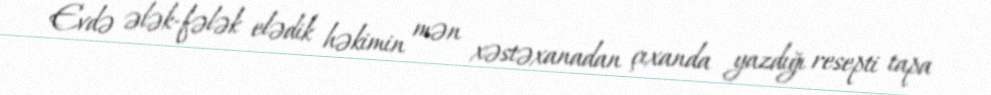
Evdə ələk-fələk elədik həkimin mən xəstəxanadan çıxanda yazdığı resepti tapa